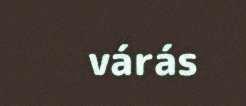
várás